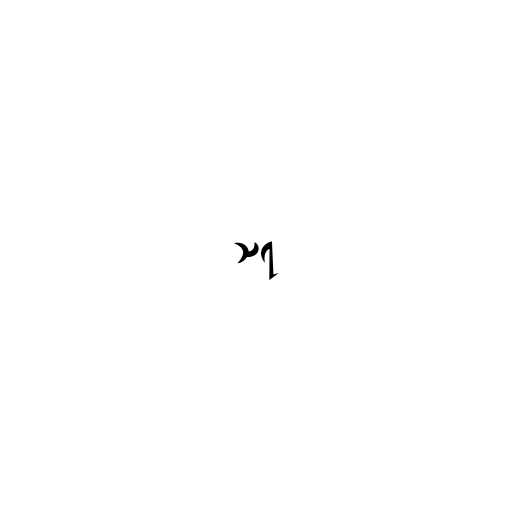
သရ